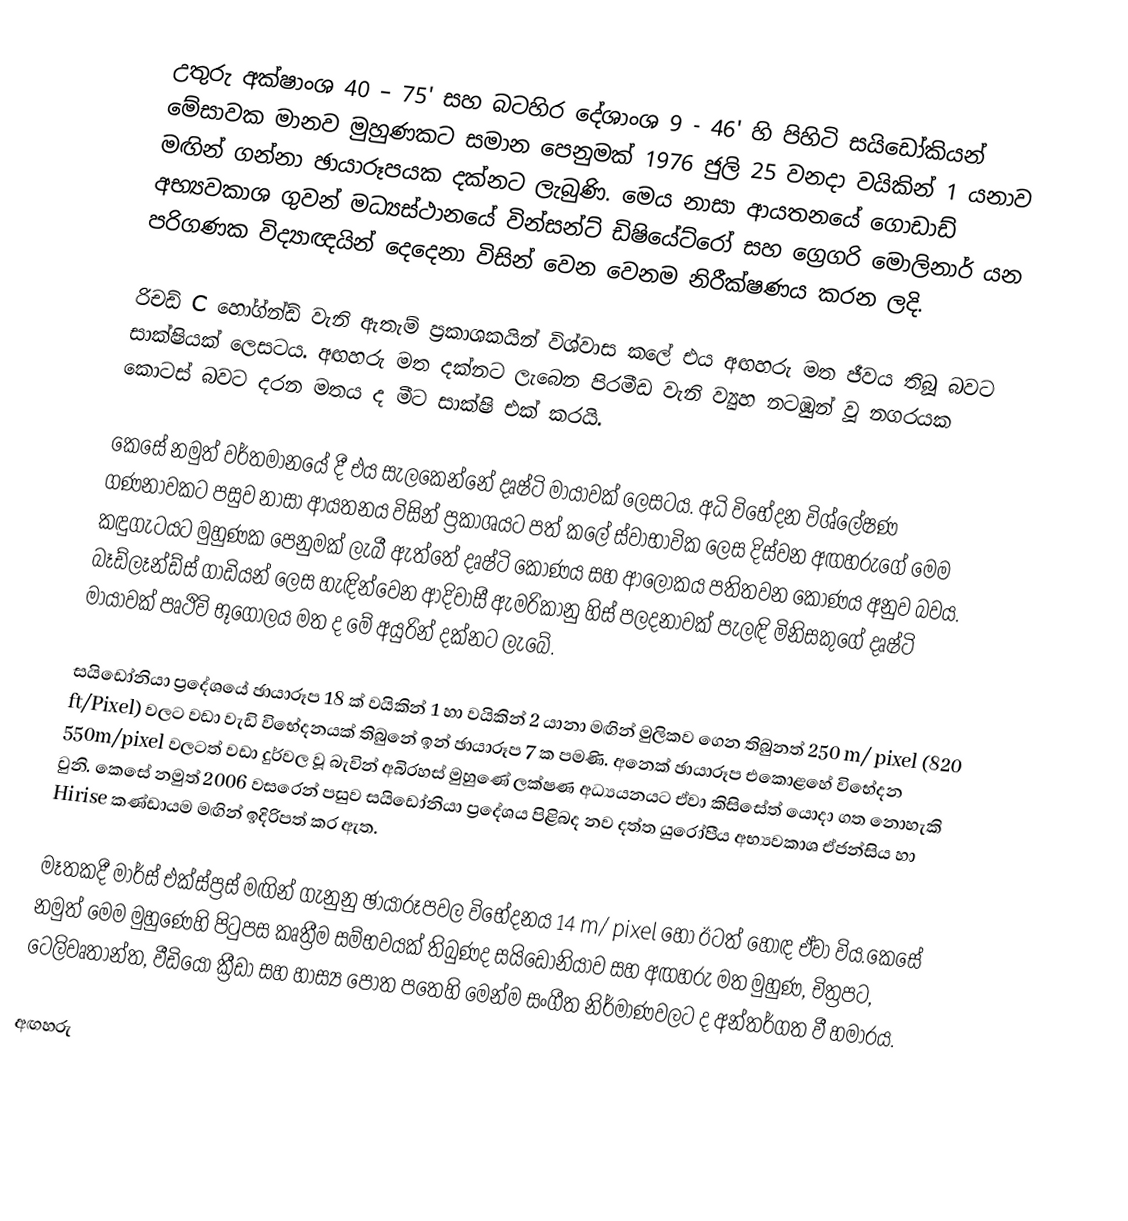
උතුරු අක්ෂාංශ 40 – 75' සහ බටහිර දේශාංශ 9 - 46' හි පිහිටි සයිඩෝකියන් මේසාවක මානව මුහුණකට සමාන පෙනුමක් 1976 ජුලි 25 වනදා වයිකින් 1 යනාව මඟින් ගන්නා ඡායාරූපයක දක්නට ලැබුණි. මෙය නාසා ආයතනයේ ගොඩාඩ් අභ්‍යවකාශ ගුවන් මධ්‍යස්ථානයේ වින්සන්ට් ඩිෂියේට්රෝ සහ ග්‍රෙගරි මොලිනාර් යන පරිගණක විද්‍යාඥයින් දෙදෙනා විසින් වෙන වෙනම නිරීක්ෂණය කරන ලදි.

රිචඩ් C හෝග්න්ඩ් වැනි ඇතැම් ප්‍රකාශකයින් විශ්වාස කලේ එය අඟහරු මත ජීවය තිබූ බවට සාක්ෂියක් ලෙසටය. අඟහරු මත දක්නට ලැබෙන පිරමීඩ වැනි ව්‍යුහ නටඹුන් වූ නගරයක කොටස් බවට දරන මතය ද මීට සාක්ෂි එක් කරයි.

කෙසේ නමුත් වර්තමානයේ දී එය සැලකෙන්නේ දෘෂ්ටි මායාවක් ලෙසටය. අධි විභේදන විශ්ලේෂණ ගණනාවකට පසුව නාසා ආයතනය විසින් ප්‍රකාශයට පත් කලේ ස්වාභාවික ලෙස දිස්වන අඟහරුගේ මෙම කඳුගැටයට මුහුණක පෙනුමක් ලැබී ඇත්තේ දෘෂ්ටි කෝණය සහ ආලෝකය පතිතවන කෝණය අනුව බවය. බෑඩ්ලෑන්ඩ්ස් ගාඩියන් ලෙස හැඳින්වෙන ආදිවාසී ඇමරිකානු හිස් පලදනාවක් පැලඳි මිනිසකුගේ දෘෂ්ටි මායාවක් පෘථිවි භූගෝලය මත ද මේ අයුරින් දක්නට ලැබේ.

සයි‍ඩෝනියා ප්‍රදේශයේ ඡායාරූප 18 ක් වයිකින් 1 හා වයිකින් 2 යානා මඟින් මුලිකව ගෙන තිබුනත් 250 m/ pixel (820 ft/Pixel) වලට වඩා වැඩි විභේදනයක් තිබුනේ ඉන් ඡායාරූප 7 ක පමණි. අනෙක් ඡායාරූප එකොළහේ විභේදන 550m/pixel වලටත් වඩා දුර්වල වූ බැවින් අබිරහස් මුහුණේ ලක්ෂණ අධ්‍යයනයට ඒවා කිසිසේත් යොදා ගත නොහැකි වුනි. කෙසේ නමුත් 2006 වසරෙන් පසුව සයි‍ඩෝනියා ප්‍රදේශය පිළිබද නව දත්ත යුරෝපීය අභ්‍යවකාශ ඒජන්සිය හා Hirise කණ්ඩායම මඟින් ඉදිරිපත් කර ඇත.

මෑතකදී මාර්ස් එක්ස්ප්‍රස් මඟින් ගැනුනු ඡායාරූපවල විභේදනය 14 m/ pixel හෝ ඊටත් හොඳ ඒවා විය.කෙසේ නමුත් මෙම ‍මුහුණෙහි පිටුපස කෘත්‍රීම සම්භවයක් තිබුණද සයිඩෝනියාව සහ අඟහරු මත මුහුණ, චිත්‍රපට, ටෙලිවෘතාන්ත, වීඩියෝ ක්‍රීඩා සහ හාස්‍ය පොත ‍පතෙහි මෙන්ම සංගීත නිර්මාණවලට ද අන්තර්ගත වී හමාරය.

අඟහරු